system: You are a helpful assistant.
user:
Analyze the provided spectrum to determine if it is a **White Dwarf (WD)**.

A White Dwarf spectrum is defined by its **extreme purity** (due to gravitational settling) and/or **extreme pressure broadening** (due to high surface gravity). You must check for one of the following mutually exclusive signatures:

- **Key Visual Indicators (Check for ONE of these types):**

    - **1. DA-Type Signature (Most Common):**
        - **(Primary Feature):** Extreme pressure broadening (Stark broadening) of the **Hydrogen (H) Balmer lines**.
        - **(Key Lines):** $H\beta$ (approx. $4861$ Å) and $H\gamma$ (approx. $4340$ Å). $H\alpha$ (approx. $6563$ Å) will also be present if the wavelength range covers it.
        - **(Line Profile):** This is the **defining feature**. The lines are **NOT** sharp. They appear as massive, **extremely broad and deep "troughs" or "dips"** in the spectrum, often hundreds of Ångströms wide. The continuum will appear to "scoop" down at these wavelengths.
        - **(Distinction):** Normal A-type or B-type stars have *narrow* and *sharp* Hydrogen lines. A DA White Dwarf's lines are unmistakably "smeared" or "blurry" from pressure.

    - **2. DB-Type Signature:**
        - **(Primary Feature):** Broad absorption lines from **Neutral Helium (He I)**. The spectrum must lack any visible Hydrogen lines.
        - **(Key Lines):** Look for broad absorption near $4471$ Å, $4921$ Å, and $5876$ Å.
        - **(Line Profile):** These lines are also significantly pressure-broadened, appearing much wider than they would in a normal B-type main-sequence star.

    - **3. DC-Type Signature:**
        - **(Primary Feature):** A **featureless continuous spectrum**.
        - **(Line Profile):** The spectrum is a smooth curve with **no significant absorption or emission lines**.
        - **(Key Confirmation):** The continuum is almost always **blue or white**, indicating a hot object. This signature implies the atmosphere is so pure (or so cool) that no spectral lines are visible in the optical range. Its WD identity is confirmed by its extremely low intrinsic brightness (high absolute magnitude).

    - **4. DZ-Type Signature (Metal-Polluted):**
        - **(Primary Feature):** **Isolated, narrow metal absorption lines** on an otherwise featureless (DC-like) continuum.
        - **(Key Lines):** The **Calcium (Ca II) H & K doublet** (approx. **$3934$ Å** and **$3968$ Å**) is the most common and defining feature.
        - **(Line Profile):** These lines are "out of place." They are *not* part of a "forest" of thousands of lines. This signature is evidence of recent *accretion* (pollution) from rocky debris.
        - **(Distinction):** Normal G/K/M stars have a *dense forest* of thousands of metal lines. A DZ has a *clean* continuum with *only a few* strong metal lines.

    - **5. DQ-Type Signature (Carbon-Polluted):**
        - **(Primary Feature):** Absorption bands from **Carbon (C₂ "Swan Bands" or atomic C I)**.
        - **(Key Lines - C₂):** Look for bandheads with a "saw-tooth" shape near $5635$ Å, **$5165$ Å** (strongest), and $4737$ Å.
        - **(Key Confirmation):** The underlying **continuum must be blue or white** (hot).
        - **(Distinction):** This is the critical difference from a **Carbon Star**, which has the *exact same* C₂ bands but on an extremely **red, cool** continuum.

- **(Overall Spectrum):**
    - The continuum (overall shape) is typically **blue-sloping** (brighter in the blue than the red), as most white dwarfs are very hot.
    - The spectrum will look "pure" or "simple," dominated by only *one* of the five signatures listed above.

Think first, call **spectral_visualization_tool** if needed to examine features in detail, then provide your final answer. Your response must adhere to the following strict rules:
1.  **Overall Structure:** Your response must follow the format `<think>...</think> <tool_call>...</tool_call> (if a tool is used) <answer>...</answer>`.
2.  **Tool Usage Constraint:** You may only make **one** tool call per turn.
3.  **Final Answer Format:** In the `<answer>` tag, your conclusion must be inside a `\boxed{}` command (e.g., `\boxed{YES}` or `\boxed{NO}`), followed by your justification.

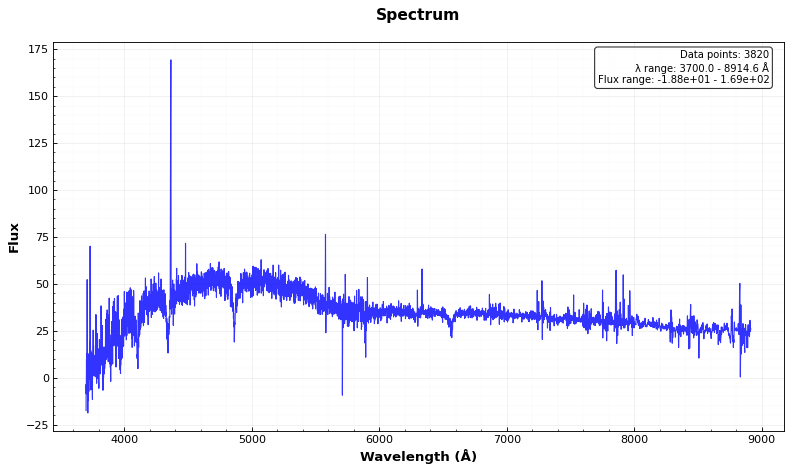
Answer: YES